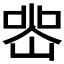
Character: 𭖲